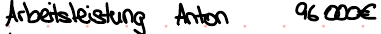
Arbeitsleistung Anton 96000€